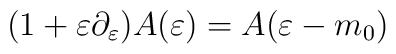
(1+\varepsilon\partial_\varepsilon )A(\varepsilon)=A(\varepsilon-m_0)